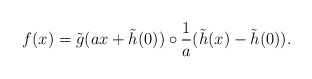
\begin{align*}f(x)=\tilde g(ax+\tilde h(0))\circ \frac{1}{a}(\tilde h(x)-\tilde h(0)).\end{align*}